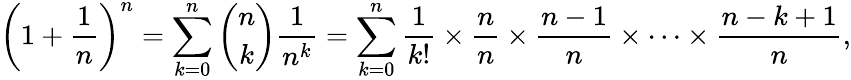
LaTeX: \left(1+{\frac{1}{n}}\right)^{n}=\sum_{k=0}^{n}{\binom{n}{k}}{\frac{1}{n^{k}}}=\sum_{k=0}^{n}{\frac{1}{k!}}\times{\frac{n}{n}}\times{\frac{n-1}{n}}\times\cdots\times{\frac{n-k+1}{n}},